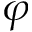
\varphi